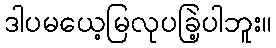
ဒါပမယေ့မြလုပခြဲ့ပါဘူး။